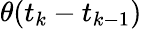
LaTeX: \theta(t_{k}-t_{k-1})